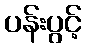
ပန်းပွင့်